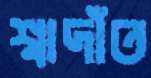
শ্বাদাঁত